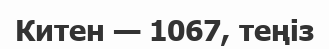
Китен — 1067, теңіз